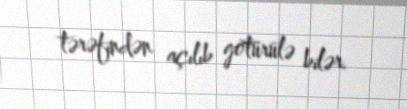
tərəfindən açılıb götürülə bilər.